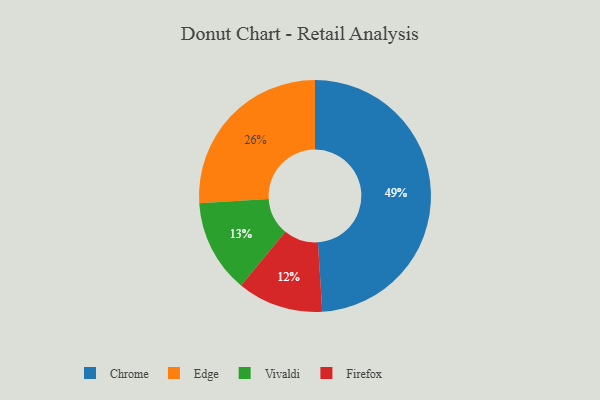
{"axis": {"x": "Category", "y": "Percentage"}, "legend": ["Chrome", "Edge", "Firefox", "Vivaldi"], "data": [{"x": "Vivaldi", "y": 13, "type": "Vivaldi"}, {"x": "Edge", "y": 26, "type": "Edge"}, {"x": "Firefox", "y": 12, "type": "Firefox"}, {"x": "Chrome", "y": 49, "type": "Chrome"}]}